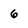
Character: 6